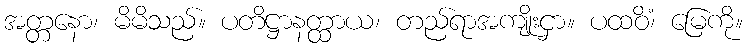
အတ္တနော၊ မိမိသည်။ ပတိဋ္ဌာနတ္ထာယ၊ တည်ရာအကျိုးငှာ။ ပထဝိံ၊ မြေကို။